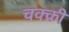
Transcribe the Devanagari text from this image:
चक्क्री